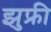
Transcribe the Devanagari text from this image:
झुफ्री